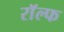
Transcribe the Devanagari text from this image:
राॅल्फ